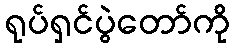
ရုပ်ရှင်ပွဲတော်ကို